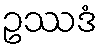
ဥဿဒံ